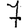
Digit: 7